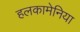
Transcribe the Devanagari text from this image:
हलकामेनिया